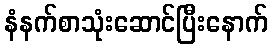
နံနက်စာသုံးဆောင်ပြီးနောက်